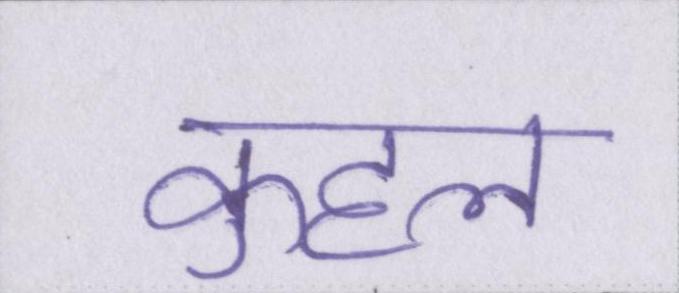
कुहल